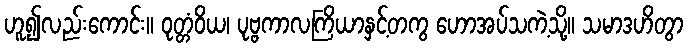
ဟူ၍လည်းကောင်း။ ဝုတ္တံဝိယ၊ ပုဗ္ဗကာလကြိယာနှင့်တကွ ဟောအပ်သကဲ့သို့။ သမာဒဟိတွာ